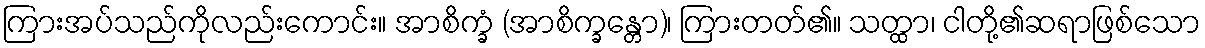
ကြားအပ်သည်ကိုလည်းကောင်း။ အာစိက္ခံ (အာစိက္ခန္တော)၊ ကြားတတ်၏။ သတ္ထာ၊ ငါတို့၏ဆရာဖြစ်သော